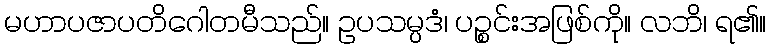
မဟာပဇာပတိဂေါတမီသည်။ ဥပသမ္ပဒံ၊ ပဉ္စင်းအဖြစ်ကို။ လဘိ၊ ရ၏။